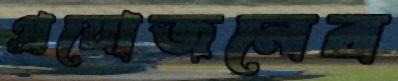
প্রয়োজনের